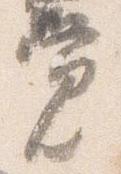
覚